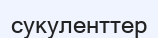
сукуленттер